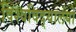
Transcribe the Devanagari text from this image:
विश्‍वविद्‌यालयों